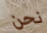
نحن